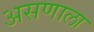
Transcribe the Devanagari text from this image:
असणाला